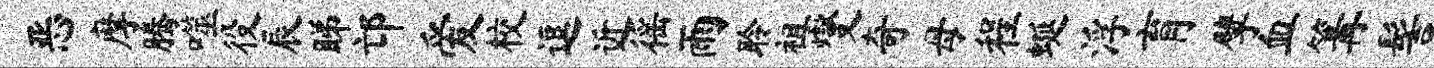
恶摩腾噬役辰睇邙爱校逗近徭雨聆祖燮奇母程蜒浮育擘血篝髻